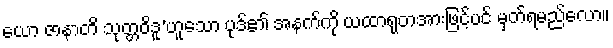
ယော ဇာနာတိ သုတ္တဝိဒူ’ဟူသော ပုဒ်၏ အနက်ကို ယထာရုတအားဖြင့်ပင် မှတ်ရမည်လော။